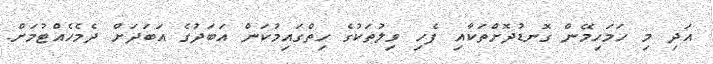
އަދި މި ހަމަހިމޭން ގޮނޑުދޮށްތަކާއި ފެހި ވިލުތަކުގެ ހިތްގައިމުކަން އަބަދުގެ އަބަދަށް ދެމެހެއްޓުމަށް.